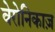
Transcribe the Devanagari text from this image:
वेरोनिकाज़